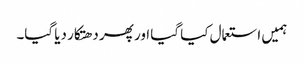
ہمیں استعمال کیا گیا اور پھر دھتکار دیا گیا۔